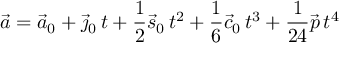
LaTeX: { \vec { a } } = { \vec { a } } _ { 0 } + { \vec { \jmath } } _ { 0 } \, t + { \frac { 1 } { 2 } } { \vec { s } } _ { 0 } \, t ^ { 2 } + { \frac { 1 } { 6 } } { \vec { c } } _ { 0 } \, t ^ { 3 } + { \frac { 1 } { 2 4 } } { \vec { p } } \, t ^ { 4 }